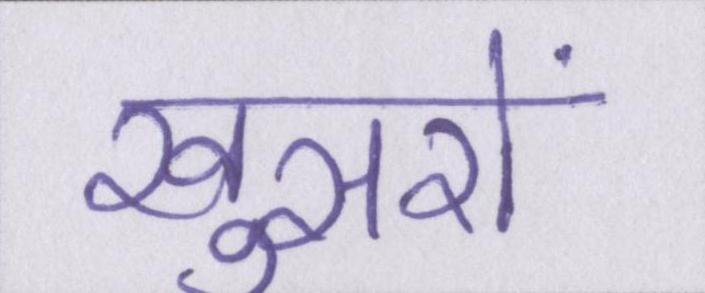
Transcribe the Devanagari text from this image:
खुसरों